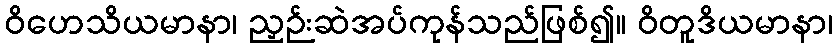
ဝိဟေသိယမာနာ၊ ညှဉ်းဆဲအပ်ကုန်သည်ဖြစ်၍။ ဝိတူဒိယမာနာ၊